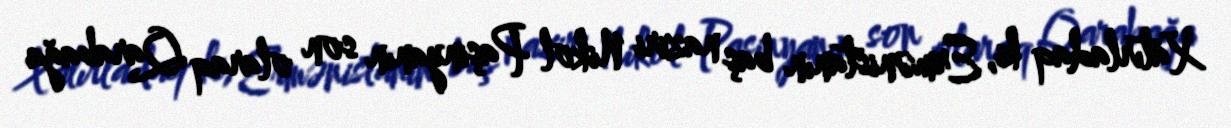
Xatırladaq ki, Ermənistanın baş naziri Nikol Paşinyanın son olaraq Qarabağa